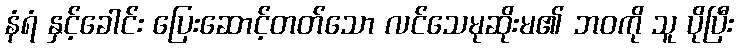
နံရံ နှင့်ခေါင်း ပြေးဆောင့်တတ်သော လင်သေမုဆိုးမ၏ ဘဝကို သူ ပိုပြီး